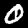
Label: 0